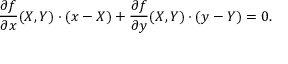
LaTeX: { \frac { \partial f } { \partial x } } ( X , Y ) \cdot ( x - X ) + { \frac { \partial f } { \partial y } } ( X , Y ) \cdot ( y - Y ) = 0 .